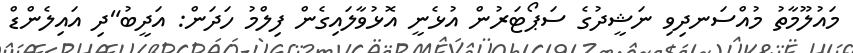
މައުލޫމާތު މުއްސަނދިވި ނަޝީދުގެ ސަޕޯޓަރުން އުޅެނީ އޮޅުވާލައިގެން ފިލްމު ހަދަން: އަދީބު"ދި އައިލެންޑް